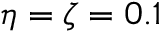
\eta = \zeta = 0 . 1